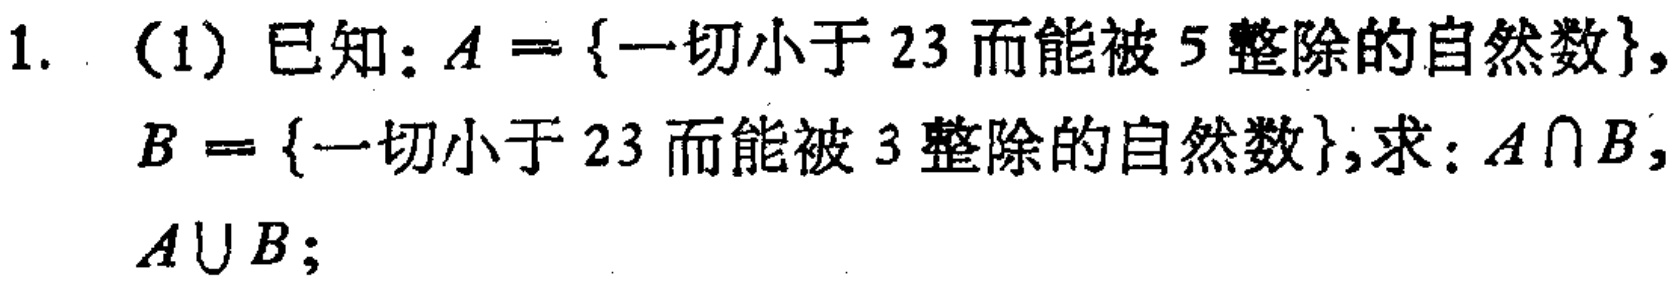
1. (1) 已知：\(A = \{ \text{一切小于 } 23 \text{ 而能被 } 5 \text{ 整除的自然数}\}\)，\(B = \{ \text{一切小于 } 23 \text{ 而能被 } 3 \text{ 整除的自然数}\}\)，求：\(A\cap B\)，\(A\cup B\)；